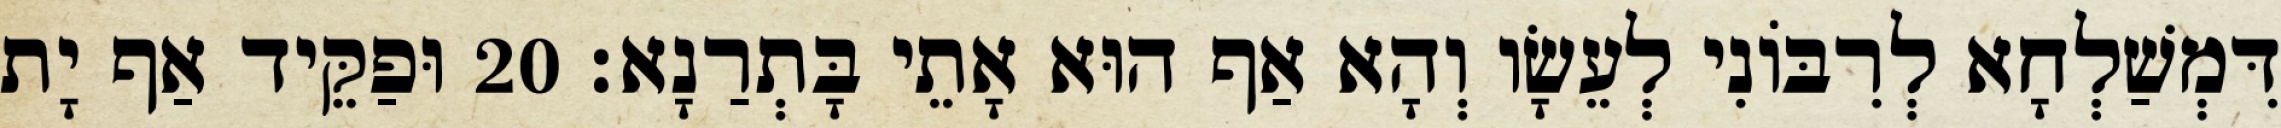
דִּמְשַׁלְחָא לְרִבּוֹנִי לְעֵשָׂו וְהָא אַף הוּא אָתֵי בָּתְרַנָא׃ 20 וּפַקֵּיד אַף יָת